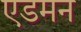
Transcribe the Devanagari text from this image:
एडमन